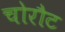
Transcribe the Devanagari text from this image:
चोरौट